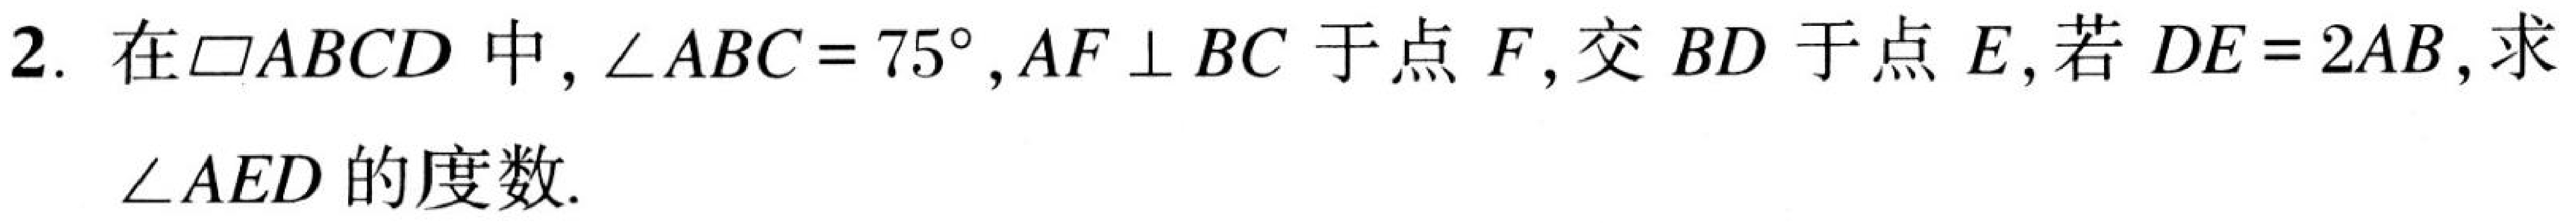
2. 在\(\square ABCD\)中，\(\angle ABC = 75^{\circ}\)，\(AF\perp BC\)于点\(F\)，交\(BD\)于点\(E\)，若\(DE = 2AB\)，求\(\angle AED\)的度数.